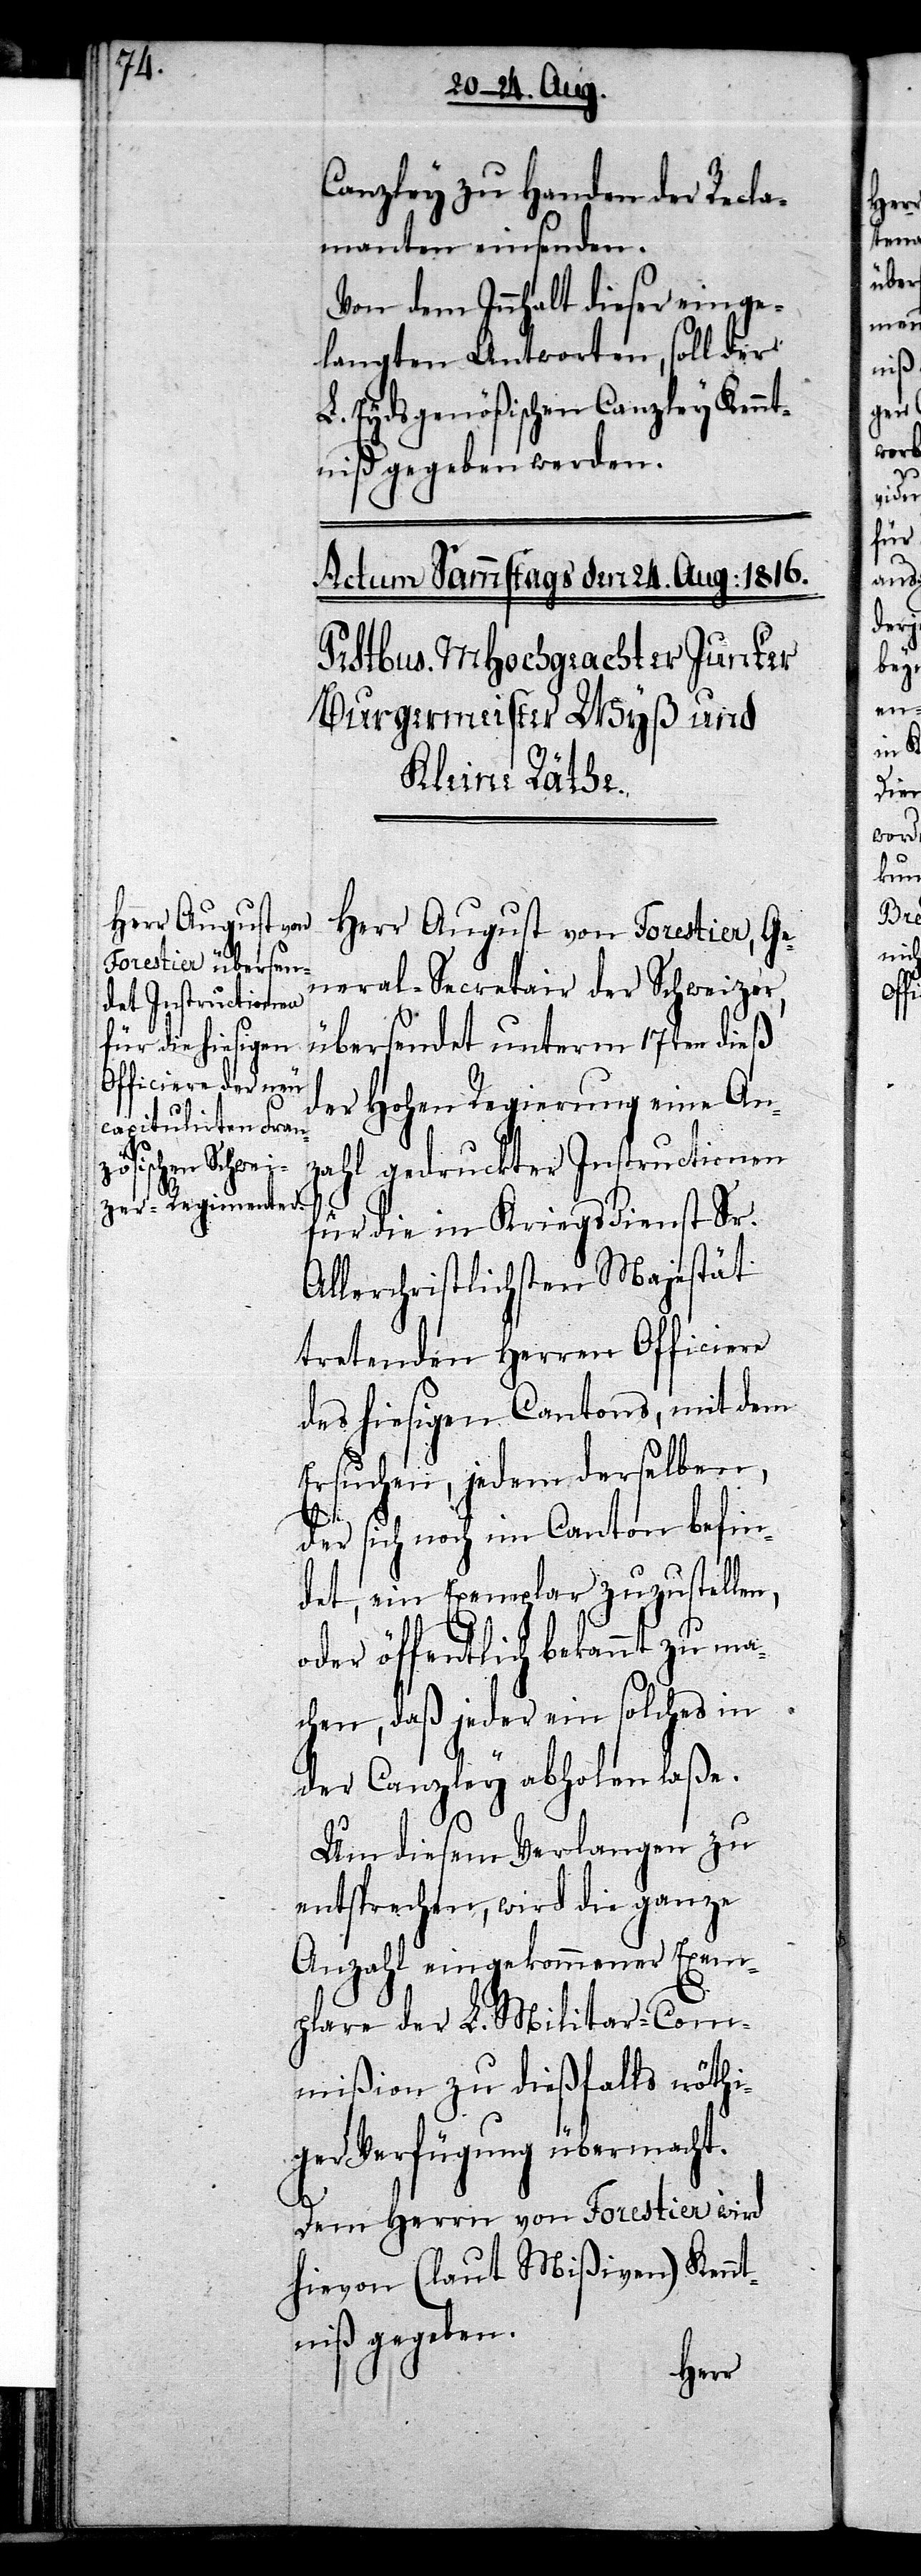
n,

Canzley zu Handen der Recla¬
manten einsenden.
Von dem Innhalt dieser einge¬
langten Antworten, soll der
L. Eydsgenößischen Canzley Kennt¬
niß gegeben werden.
Herr August von Forestier, Ge¬
neral-Secretair der Schweizer,
übersendet unterm 17ten dieß
der Hohen Regierung eine An¬
zahl gedruckter Instructionen
für die in Kriegsdienst Sr.
Allerchristlichsten Majestät
tretenden Herren Officiere
des hiesigen Cantons, mit dem
Ersuchen, jedem derselben,
der sich noch im Canton befin¬
det, ein Exemplar zuzustelle¬
oder öffentlich bekannt zu ma¬
chen, daß jeder ein solches in
der Canzley abholen laße.
Um diesem Verlangen zu
entsprechen, wird die ganze
Anzahl eingekommener Exem¬
plare der L. Militar-Com¬
mißion zu dießfalls nöthi¬
ger Verfügung übermacht.
Dem Herrn von Forestier wird
hievon (laut Mißiven) Kennt¬
niß gegeben.